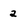
Character: 2